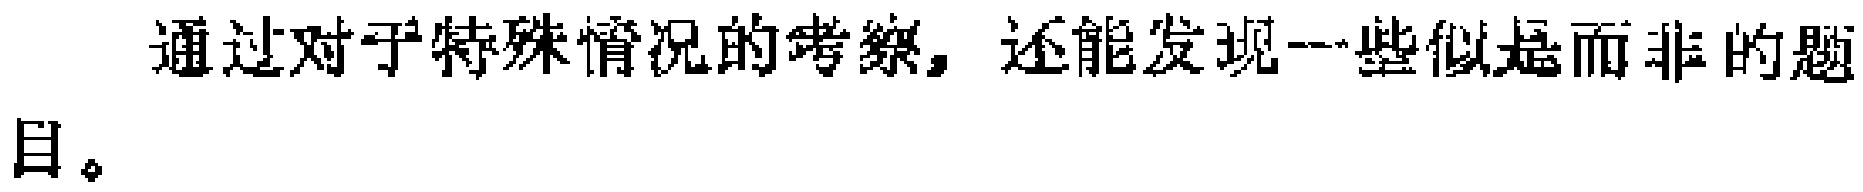
通过对于特殊情况的考察，还能发现一些似是而非的题目。